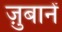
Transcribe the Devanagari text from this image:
ज़ुबानें